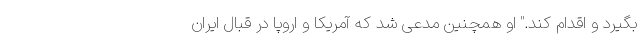
بگیرد و اقدام کند." او همچنین مدعی شد که آمریکا و اروپا در قبال ایران